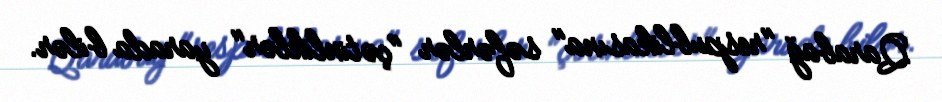
Qarabağ "respublikasına" səfərlər "çətinliklər" yarada bilər.